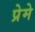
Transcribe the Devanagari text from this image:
प्रेमे